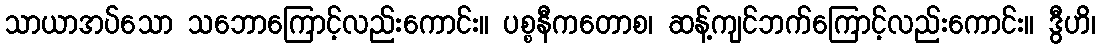
သာယာအပ်သော သဘောကြောင့်လည်းကောင်း။ ပစ္စနီကတောစ၊ ဆန့်ကျင်ဘက်ကြောင့်လည်းကောင်း။ ဒွီဟိ၊